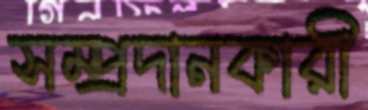
সম্প্রদানকারী